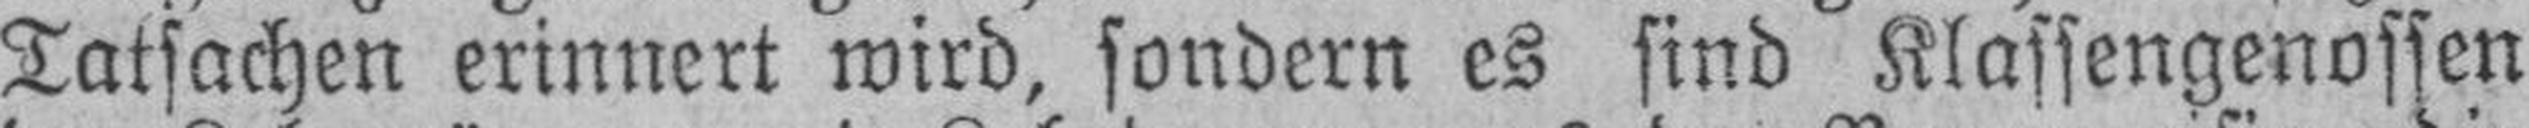
Tatsachen erinnert wird, sondern es sind Klassengenossen